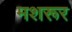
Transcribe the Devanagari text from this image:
मशरूर